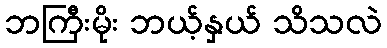
ဘကြီးမိုး ဘယ့်နှယ် သိသလဲ